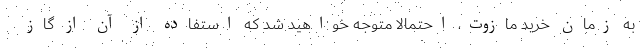
به زمان خرید مازوت، احتمالاً متوجه خواهید شد که استفاده از آن از گاز